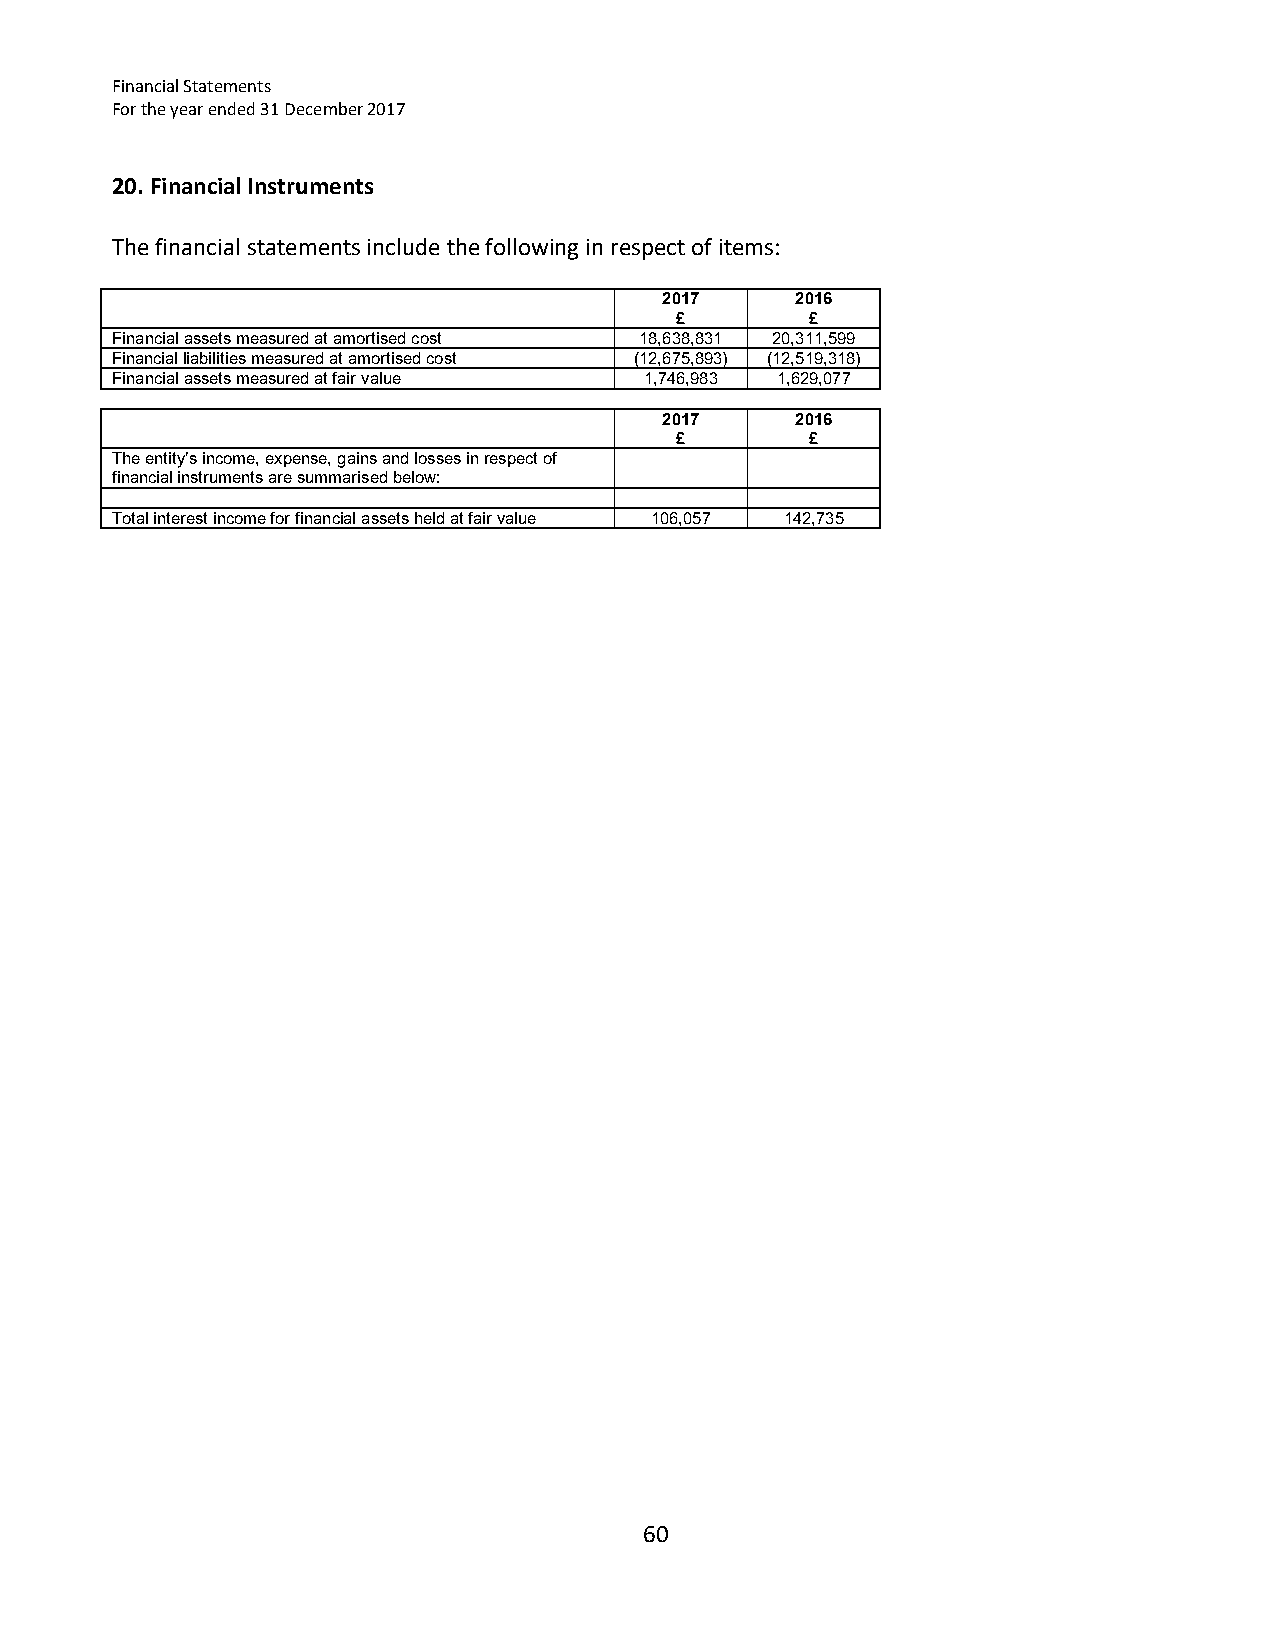
Financial Statements
 For the year ended 31 December 2017
 20. Financial Instruments
 The financial statements include the following in respect of items:
 2017     2016
 £        £
 Financial assets measured at amortised cost 18,638,831 20,311,599
 Financial liabilities measured at amortised cost (12,675,893) (12,519,318)
 Financial assets measured at fair value 1,746,983 1,629,077
 2017     2016
 £        £
 The entity’s income, expense, gains and losses in respect of
 financial instruments are summarised below:
 Total interest income for financial assets held at fair value 106,057 142,735
 60